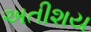
અતીશય